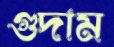
গুদাম